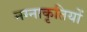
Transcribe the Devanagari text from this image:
नग्नाकृतियों